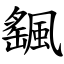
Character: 颻